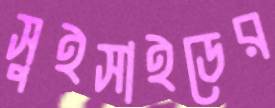
সুইসাইডের